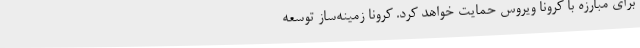
برای مبارزه با کرونا ویروس حمایت خواهد کرد. کرونا زمینه‌ساز توسعه